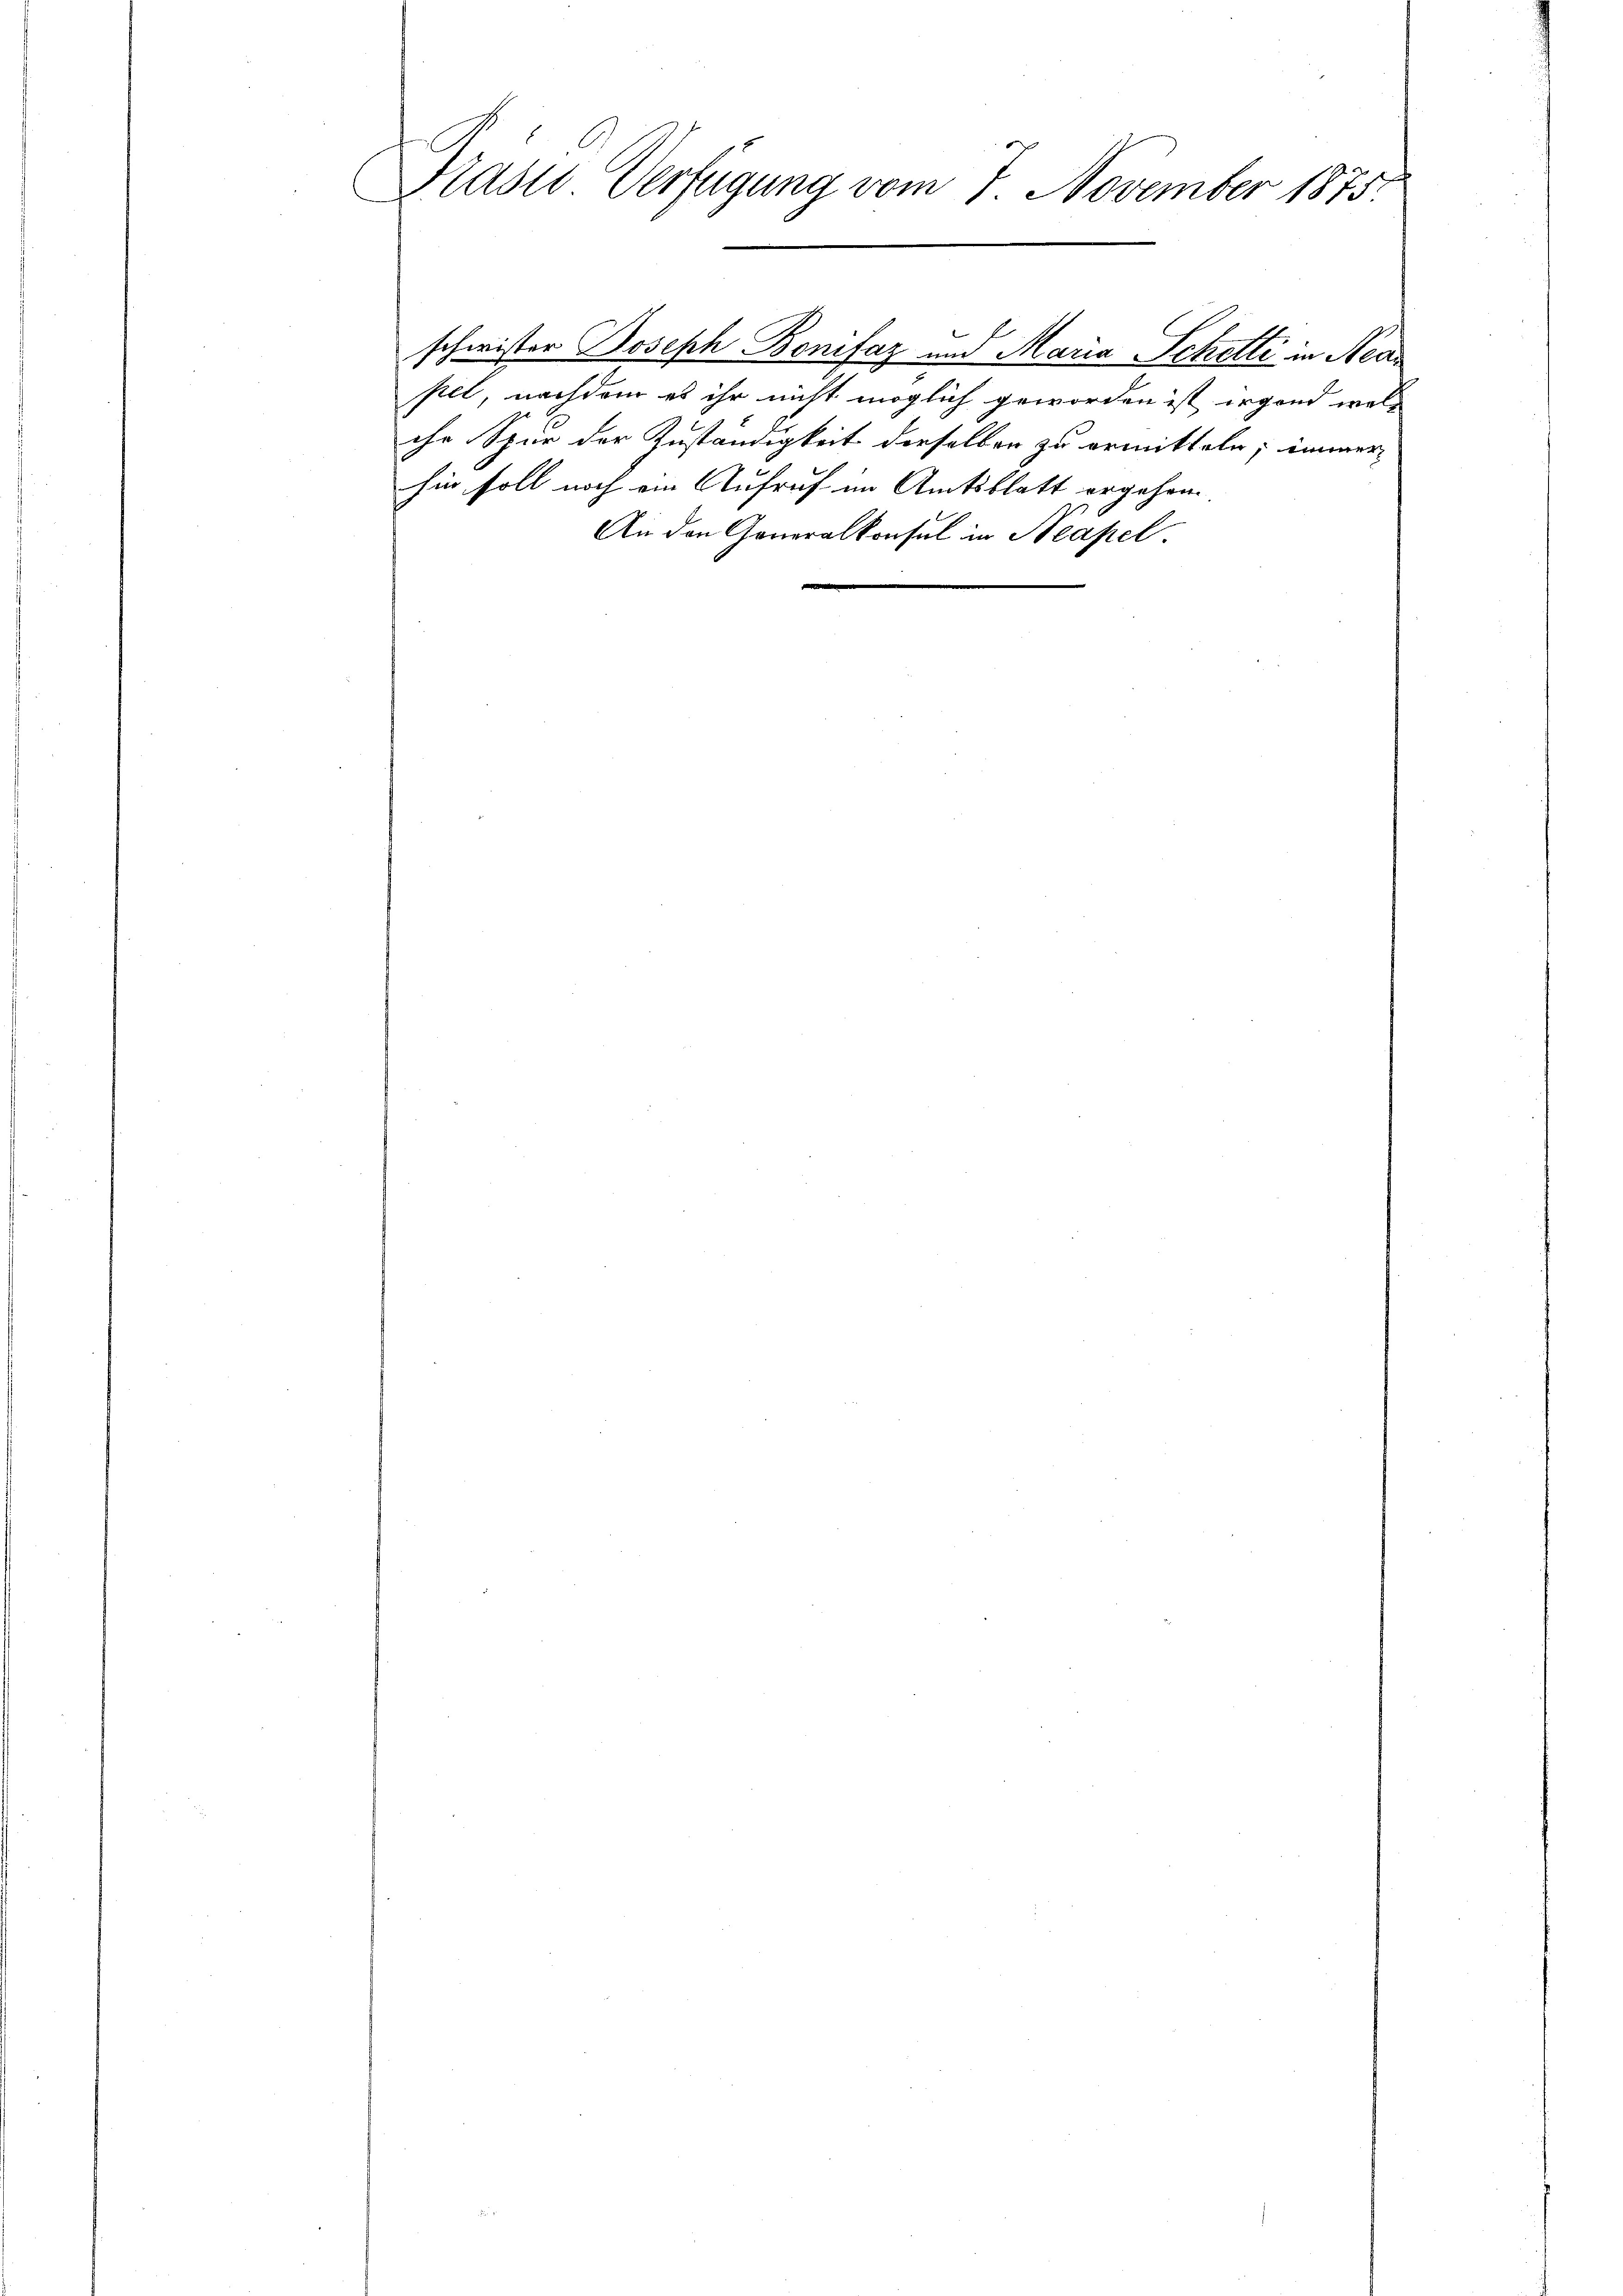
Präsie Verfügung vom 7. November 1875.

schwister Joseph Bonifaz und Maria Schetti in Neapet, nachdem es ihr nicht möglich geworden ist irgend wolihr Spur der Zuständigkeit derselben zu ermitteln; immer
sin soll noch ein Aufruf im Amtsblatt ergehen.
An den Generalkonsul in Neapel.